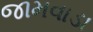
જામવાડા